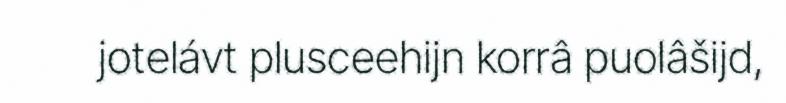
jotelávt plusceehijn korrâ puolâšijd,